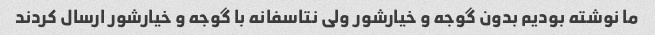
ما نوشته بودیم بدون گوجه و خیارشور ولی نتاسفانه با گوجه و خیارشور ارسال کردند